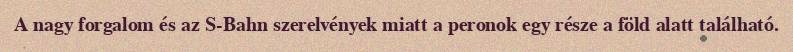
A nagy forgalom és az S-Bahn szerelvények miatt a peronok egy része a föld alatt található.